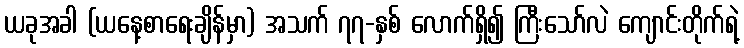
ယခုအခါ (ယနေ့စာရေးချိန်မှာ) အသက် ၇၇-နှစ် လောက်ရှိ၍ ကြီးသော်လဲ ကျောင်းတိုက်ရဲ့